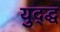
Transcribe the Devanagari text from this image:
युद्द्ध